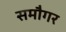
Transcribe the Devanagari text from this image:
समौगर